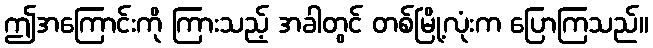
ဤအကြောင်းကို ကြားသည့် အခါတွင် တစ်မြို့လုံးက ပြောကြသည်။